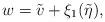
LaTeX: \begin{align*}w=\tilde v+\xi_1(\tilde \eta),\end{align*}